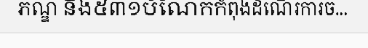
ភណ្ឌ និង៥៣១បំណែកកំពុងដំណើរការច...